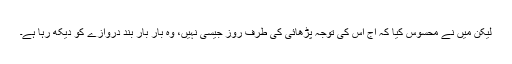
لیکن میں نے محسوس کیا کہ آج اس کی توجہ پڑھائی کی طرف روز جیسی نہیں، وہ بار بار بند دروازے کو دیکھ رہا ہے۔